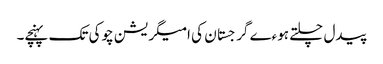
پیدل چلتے ہوءے گرجستان کی امیگریشن چوکی تک پہنچے۔